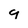
Character: 9